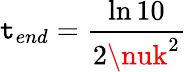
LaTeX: \mathtt{t}_{end}=\frac{{\ln{10}}}{{2\nuk^{2}}}